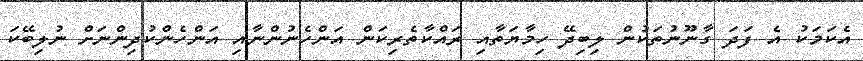
އެކަމަކު އެ ފަދަ ގާނޫނުތަކުން ލިބިދޭ ހިމާޔަތާއި ރައްކާތެރިކަން އަންހެނުންނާއި އަންހެންކުދިންނަށް ނުލިބޭކަ